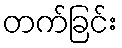
တက်ခြင်း